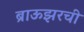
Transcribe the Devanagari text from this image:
ब्राऊझरची